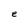
Character: e